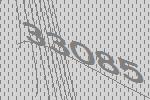
33085